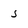
Character: 5